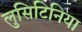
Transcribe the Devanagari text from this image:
लुसिटिनिया